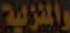
والمنزلية